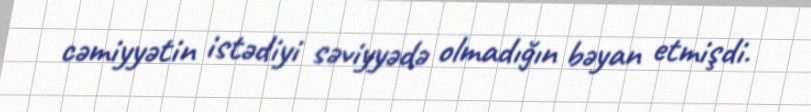
cəmiyyətin istədiyi səviyyədə olmadığın bəyan etmişdi.